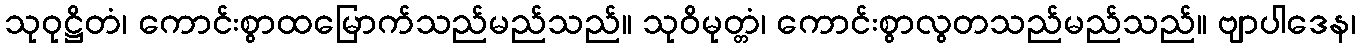
သုဝုဋ္ဌိတံ၊ ကောင်းစွာထမြောက်သည်မည်သည်။ သုဝိမုတ္တံ၊ ကောင်းစွာလွတသည်မည်သည်။ ဗျာပါဒေန၊